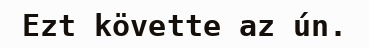
Ezt követte az ún.